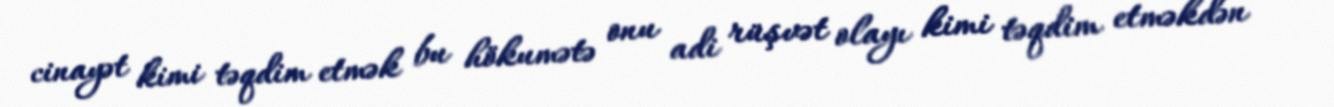
cinayət kimi təqdim etmək bu hökumətə onu adi rüşvət olayı kimi təqdim etməkdən